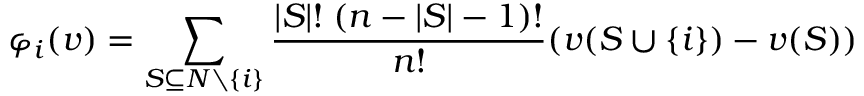
\varphi _ { i } ( v ) = \sum _ { S \subseteq N \setminus \{ i \} } { \frac { | S | ! \; ( n - | S | - 1 ) ! } { n ! } } ( v ( S \cup \{ i \} ) - v ( S ) )